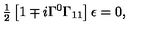
{ \textstyle \frac { 1 } { 2 } } \left[ 1 \mp i \Gamma ^ { 0 } \Gamma _ { 1 1 } \right] \epsilon = 0 ,